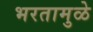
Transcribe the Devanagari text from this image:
भरतामुळे